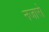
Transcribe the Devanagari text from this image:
नजारो